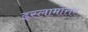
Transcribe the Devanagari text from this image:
इस्लामोत्तर